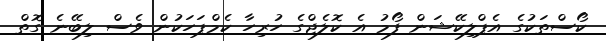
ކޯސްތަކުގެ އެޕްލިކޭޝަން ފޯމު އެ ކޮލެޖްގެ ހުރިހާ ކެމްޕަހަކުން ވެސް ލިބޭނެ ގޮތް